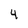
Character: 4